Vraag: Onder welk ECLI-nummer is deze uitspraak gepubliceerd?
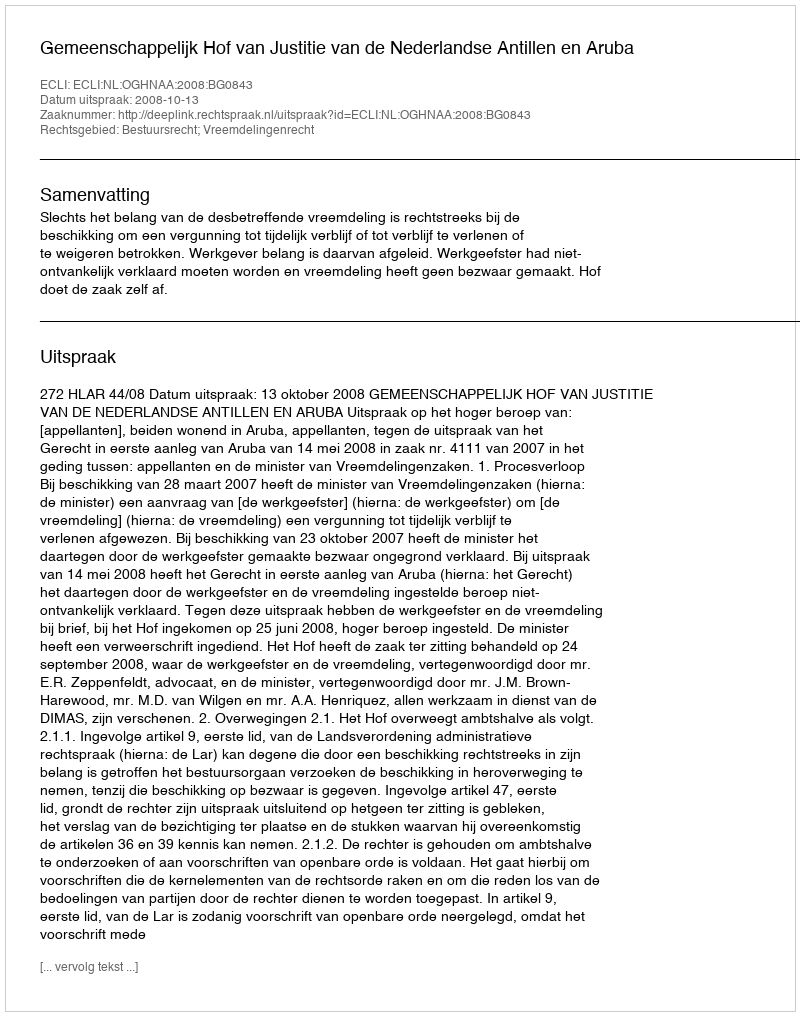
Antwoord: ECLI:NL:OGHNAA:2008:BG0843